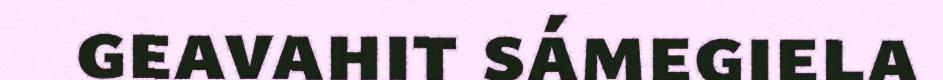
geavahit sámegiela